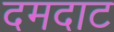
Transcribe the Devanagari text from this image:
दमदाट